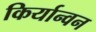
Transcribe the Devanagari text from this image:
किर्यान्वन